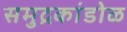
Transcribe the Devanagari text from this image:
समुद्रकांडोळ